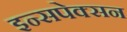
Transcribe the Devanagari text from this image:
इन्सपेक्सन